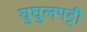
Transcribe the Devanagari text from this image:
घुघुलपट्टी